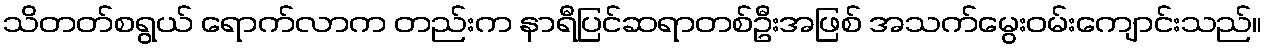
သိတတ်စရွယ် ရောက်လာက တည်းက နာရီပြင်ဆရာတစ်ဦးအဖြစ် အသက်မွေးဝမ်းကျောင်းသည်။